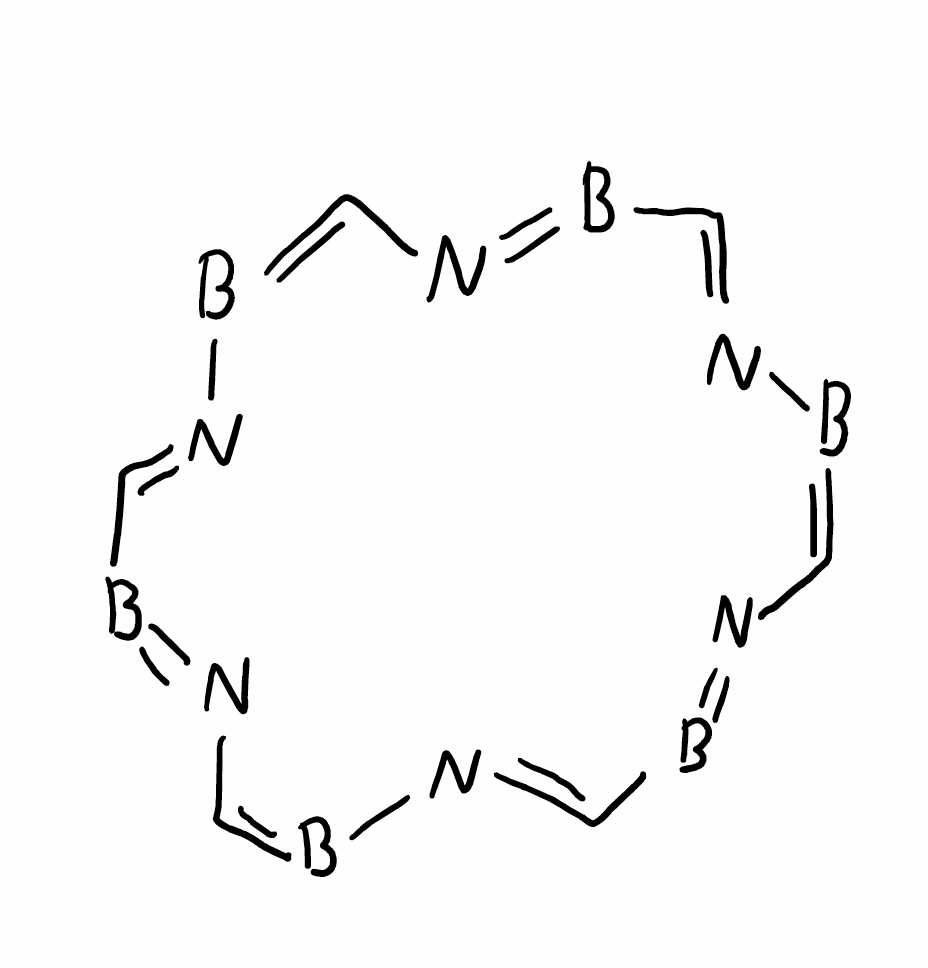
Simplified molecular-input line-entry system (SMILES) notation of the given molecule:
B1=CN=BC=NB=CN=BC=NB=CN=BC=N1